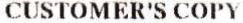
CUSTOMER'S COPY